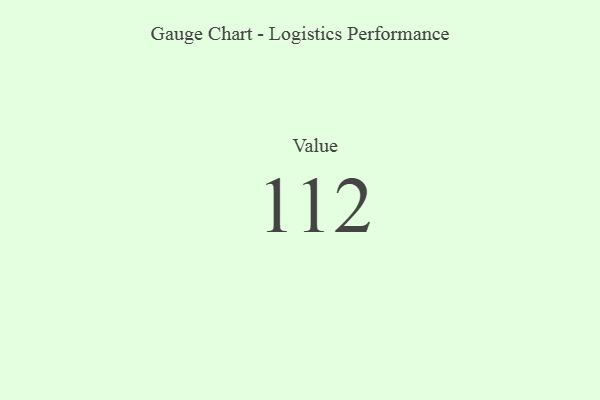
{"axis": {"x": "Metric", "y": "Value"}, "legend": [""], "data": [{"x": "Value", "y": 112, "type": ""}]}